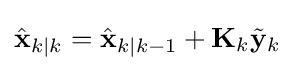
{\hat {\mathbf {x} }}_{k\mid k}={\hat {\mathbf {x} }}_{k\mid k-1}+\mathbf {K} _{k}{\tilde {\mathbf {y} }}_{k}